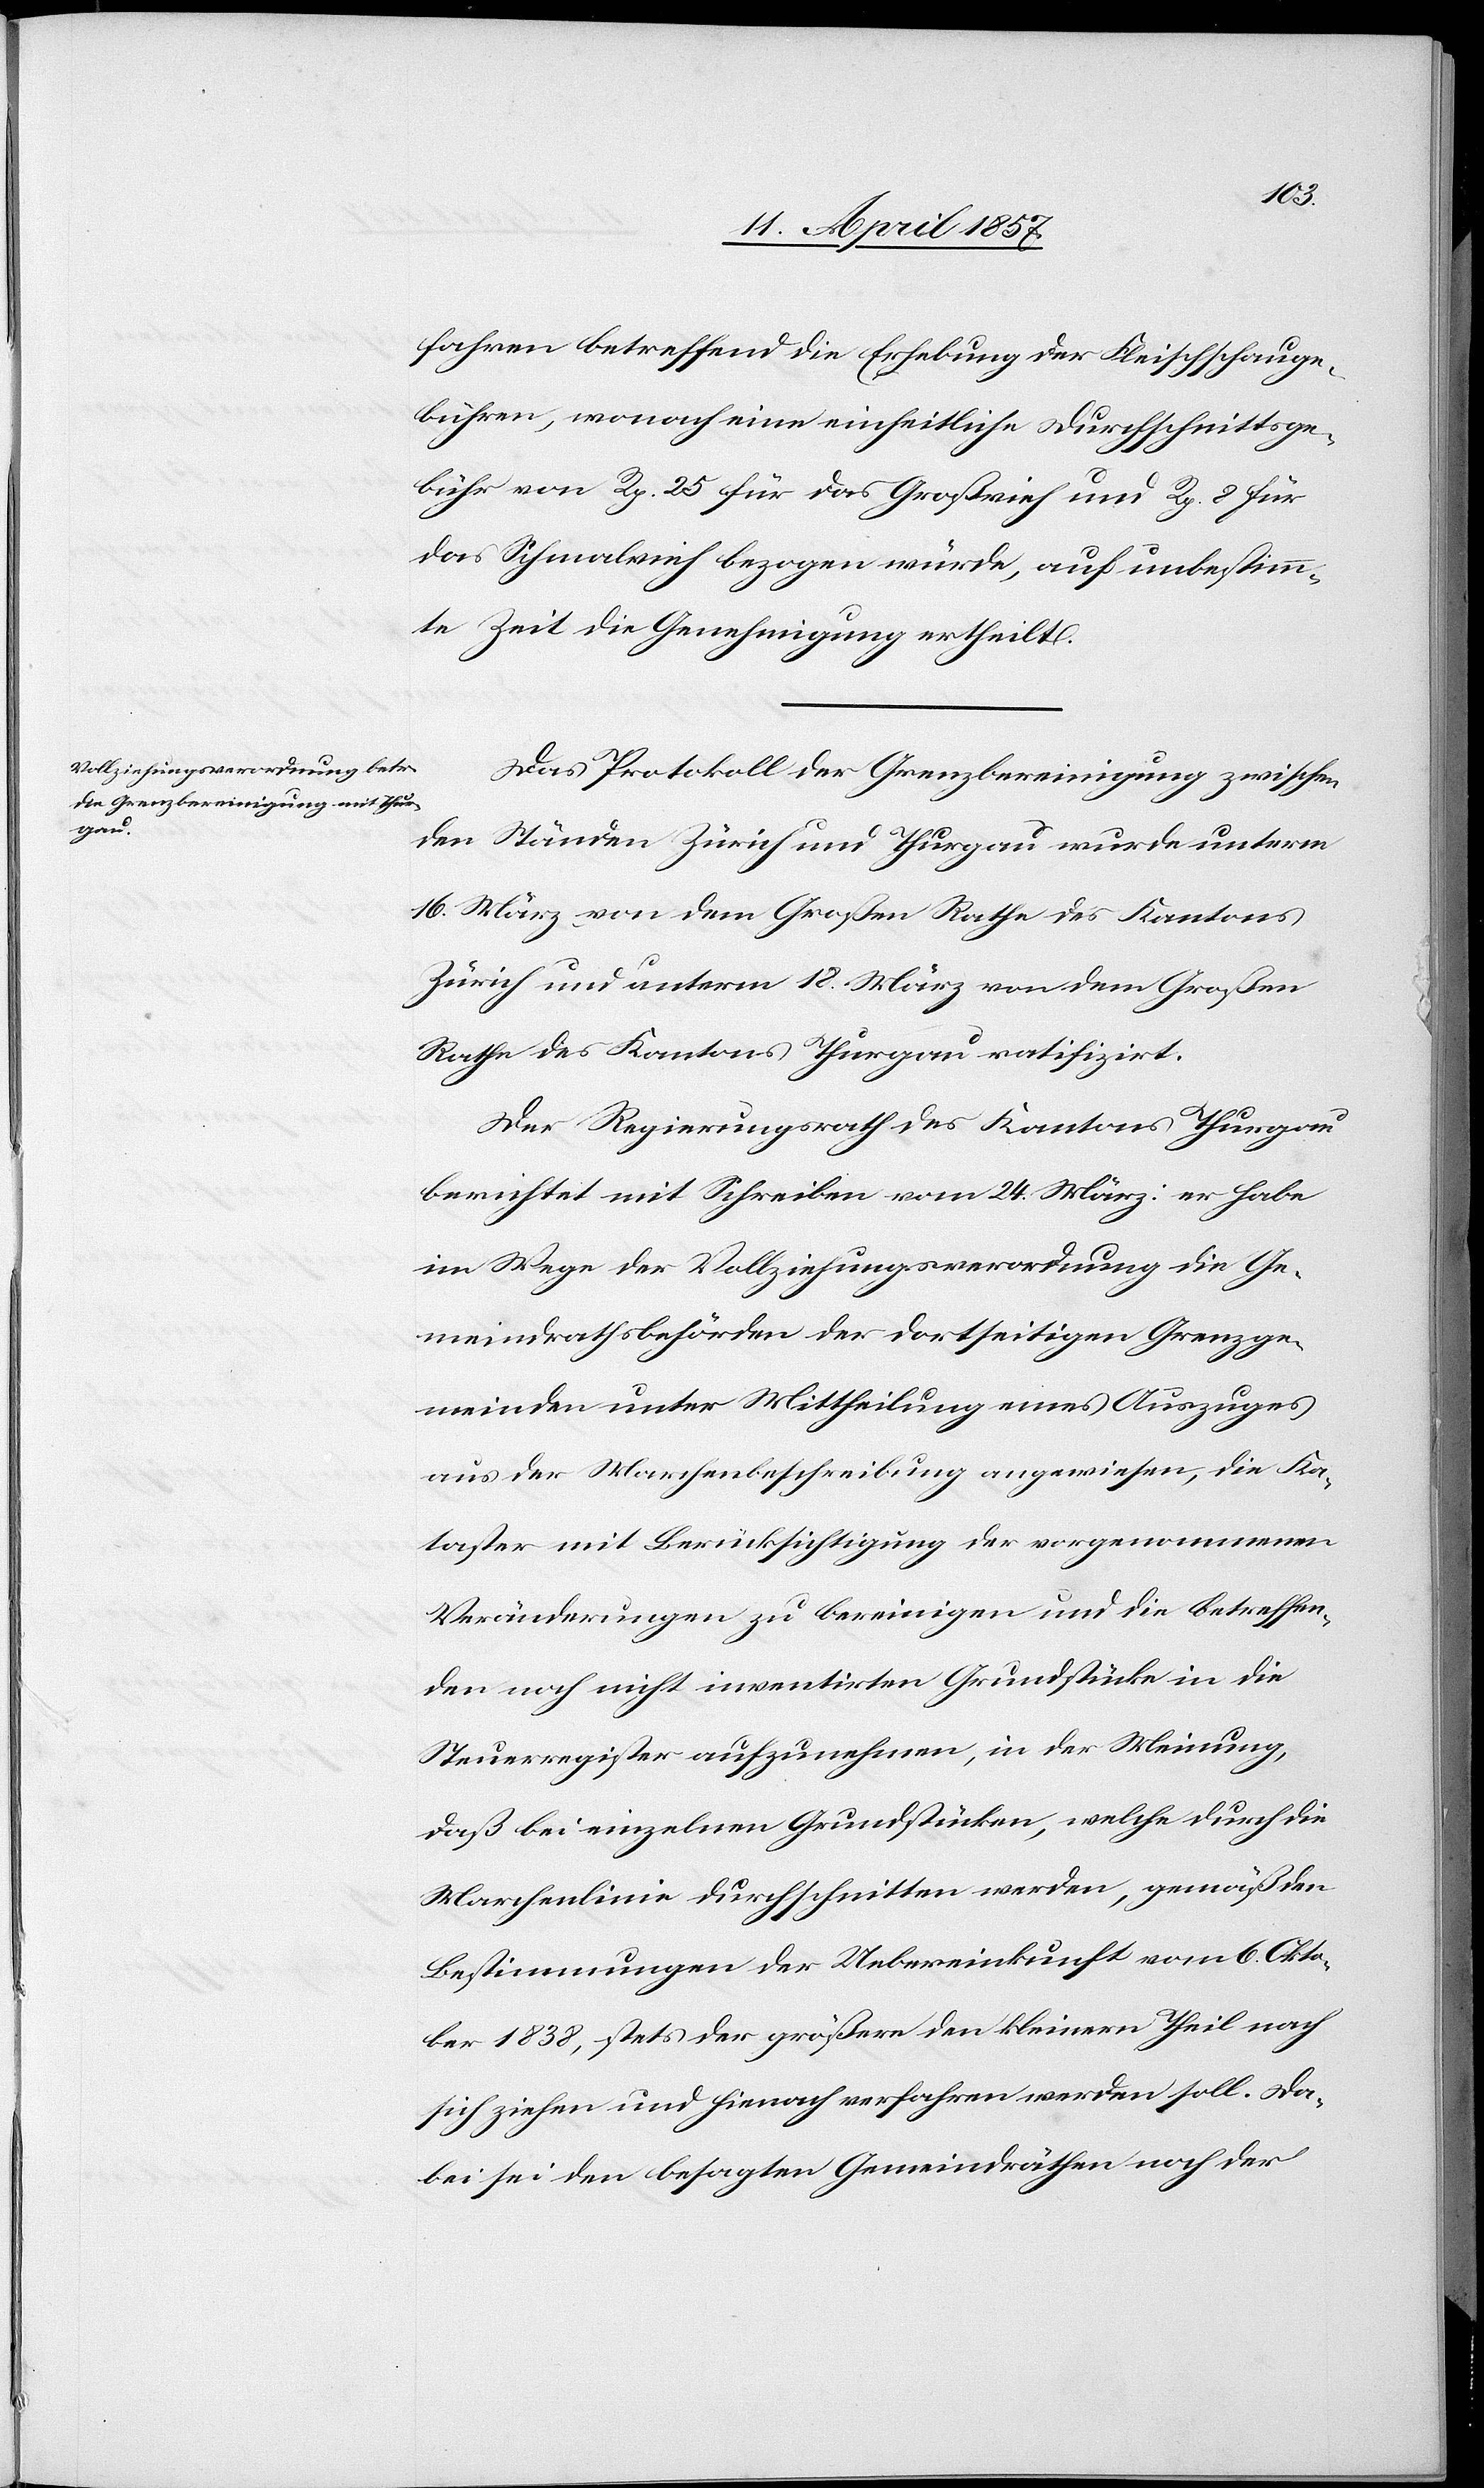
fahren betreffend die Erhebung der Fleischschauge¬
bühren, wonach eine einheitliche Durchschnittsge¬
bühr von Rp. 25 für das Großvieh und Rp. 8 für
das Schmalvieh bezogen würde, auf unbestimm¬
te Zeit die Genehmigung ertheilt.
Das Protokoll der Grenzbereinigung zwischen
den Ständen Zürich und Thurgau wurde unterm
16. März von dem Großen Rathe des Kantons
Zürich und unterm 18. März von dem Großen
Rathe des Kantons Thurgau ratifizirt.
Der Regierungsrath des Kantons Thurgau
berichtet mit Schreiben vom 24. März: er habe
im Wege der Vollziehungsverordnung die Ge¬
meindrathsbehörden der dortseitigen Grenzge¬
meinden unter Mittheilung eines Auszuges
aus der Marchenbeschreibung angewiesen, die Ka¬
taster mit Berücksichtigung der vorgenommenen
Veränderungen zu bereinigen und die betreffen¬
den noch nicht inventirten Grundstücke in die
Steuerregister aufzunehmen, in der Meinung,
daß bei einzelnen Grundstücken, welche durch die
Marchenlinie durchschnitten werden, gemäß den
Bestimmungen der Uebereinkunft vom 6. Okto¬
ber 1838, stets der größere den kleinern Theil nach
sich ziehen und hienach verfahren werden soll. Da¬
bei sei den betreffenden Gemeindräthen noch der